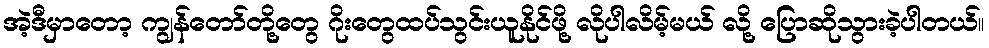
အဲ့ဒီမှာတော့ ကျွန်တော်တို့တွေ ဂိုးတွေထပ်သွင်းယူနိုင်ဖို့ လိုပါလိမ့်မယ် လို့ ပြောဆိုသွားခဲ့ပါတယ်။